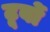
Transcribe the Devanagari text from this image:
टूर्बो